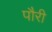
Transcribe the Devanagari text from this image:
पौरी